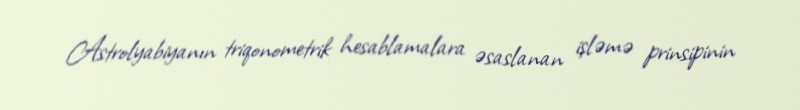
Astrolyabiyanın triqonometrik hesablamalara əsaslanan işləmə prinsipinin